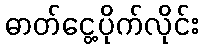
ဓာတ်ငွေ့ပိုက်လိုင်း